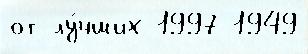
от лу́чших 1997 1949